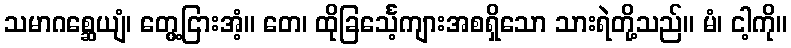
သမာဂစ္ဆေယျံ၊ တွေ့ငြားအံ့။ တေ၊ ထိုခြင်္သေ့ကျားအစရှိသော သားရဲတို့သည်။ မံ၊ ငါ့ကို။